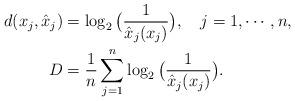
LaTeX: \begin{align*}d(x_j,\hat x_j)&=\log_2 \big({1 \over \hat x_j(x_j)}\big), \ \ \ j=1,\cdots,n, \\ D_{}&={1 \over n} \sum_{j=1}^n \log_2 \big({1 \over \hat x_j(x_j)}\big).\end{align*}